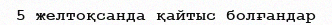
5 желтоқсанда қайтыс болғандар